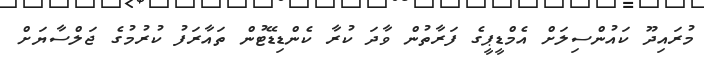
މުރައިދޫ ކައުންސިލަށް އެމްޑީޕީގެ ފަރާތުން ވާދަ ކުރާ ކެންޑިޑޭޓުން ތައާރަފު ކުރުމުގެ ޖަލްސާޔަށް